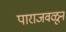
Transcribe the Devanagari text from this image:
पाराजवळून